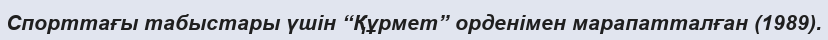
Спорттағы табыстары үшін “Құрмет” орденімен марапатталған (1989).